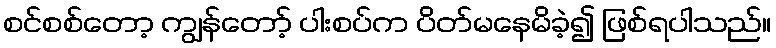
စင်စစ်တော့ ကျွန်တော့် ပါးစပ်က ပိတ်မနေမိခဲ့၍ ဖြစ်ရပါသည်။